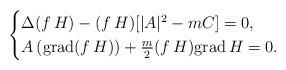
LaTeX: \begin{align*}\begin{cases}\Delta (f\,H)-(f\,H) [|A|^{2}-mC]=0,\\A\,({\rm grad}(f\,H)) +\frac{m}{2}(f\,H){\rm grad}\, H=0.\end{cases}\end{align*}